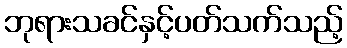
ဘုရားသခင်နှင့်ပတ်သက်သည့်